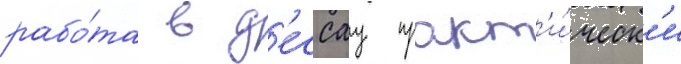
рабо́та в д'ессау практ'и́ческ'и